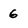
Character: 6